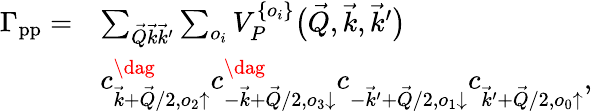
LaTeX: \begin{array}{rl}{\Gamma_{\mathrm{pp}}=}&{\sum_{\vec{Q}\vec{k}\vec{k}^{\prime}}\sum_{o_{i}}V_{P}^{\{ o_{i}\} }\big(\vec{Q},\vec{k},\vec{k}^{\prime}\big)}\\ &{c_{\vec{k}+\vec{Q}/2,o_{2}\uparrow}^{\dag}c_{-\vec{k}+\vec{Q}/2,o_{3}\downarrow}^{\dag}c_{-\vec{k}^{\prime}+\vec{Q}/2,o_{1}\downarrow}^{\vphantom{\dag}}c_{\vec{k}^{\prime}+\vec{Q}/2,o_{0}\uparrow}^{\vphantom{\dag}},}\end{array}